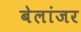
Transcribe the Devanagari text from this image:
बेलांजर